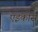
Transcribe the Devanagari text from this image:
एइकोस